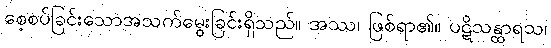
စေ့စပ်ခြင်းသောအသက်မွေးခြင်းရှိသည်။ အဿ၊ ဖြစ်ရာ၏။ ပဋိသန္ထာရသ၊